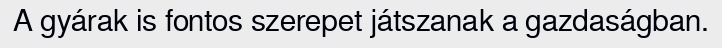
A gyárak is fontos szerepet játszanak a gazdaságban.